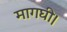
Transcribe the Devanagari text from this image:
मागघी।